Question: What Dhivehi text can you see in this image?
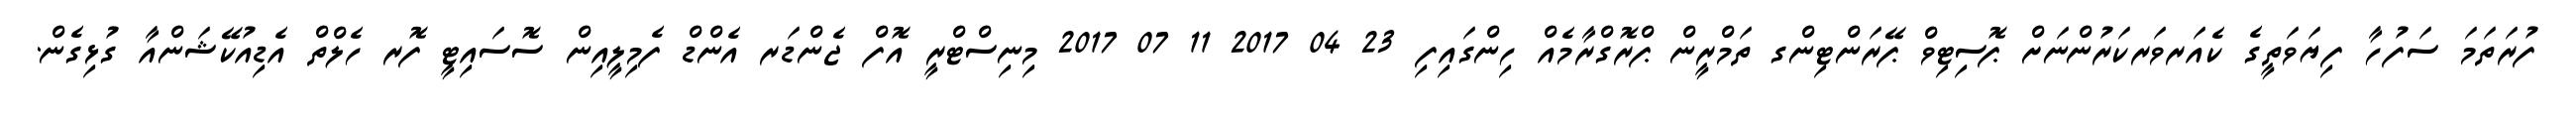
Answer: ފުރަތަމަ ސަފުހާ ފިޔަވަތީގެ ކެއަރވަރކަރުންނަށް ޕޮސިޓިވް ޕޭރަންޓިންގ ތަމްރީން ޕްރޮގްރާމެއް ހިންގައިފި 23 04 2017 11 07 2017 މިނިސްޓްރީ އޮފް ޖެންޑަރ އެންޑް ފެމިލީއިން ސޮސައިޓީ ފޮރ ހެލްތް އެޑިއުކޭޝަންއާ ގުޅިގެން.